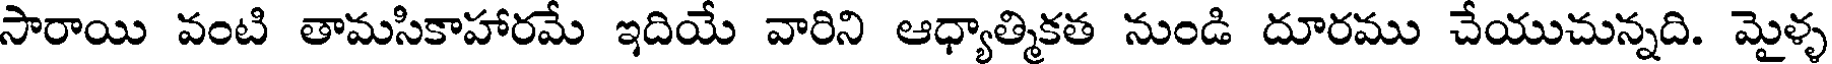
సారాయి వంటి తామసికాహారమే ఇదియే వారిని ఆధ్యాత్మికత నుండి దూరము చేయుచున్నది. మైళ్ళ